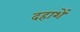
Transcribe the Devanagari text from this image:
दहाशें